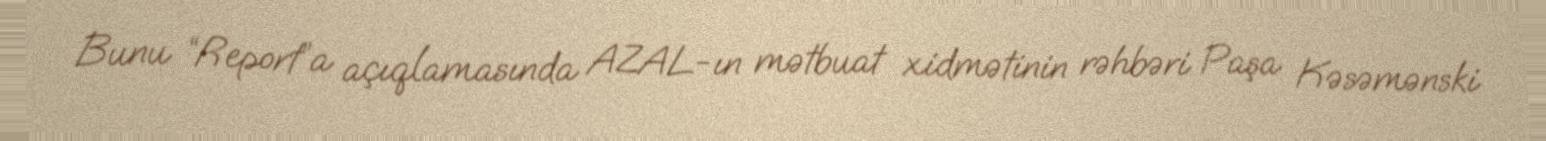
Bunu “Report”a açıqlamasında AZAL-ın mətbuat xidmətinin rəhbəri Paşa Kəsəmənski